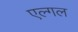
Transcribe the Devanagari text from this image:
एल्गल